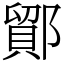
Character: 鄮